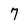
Character: 7